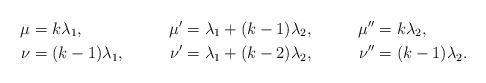
LaTeX: \begin{align*} \mu &= k \lambda_1, &\mu' &= \lambda_1 + (k-1) \lambda_2, &\mu'' &= k \lambda_2,\\ \nu &= (k-1) \lambda_1, &\nu' &= \lambda_1 + (k-2) \lambda_2, &\nu'' &= (k-1)\lambda_2. \end{align*}